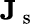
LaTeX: \mathbf{J}_{\mathrm{~s~}}